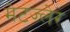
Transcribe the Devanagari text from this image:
मेटज्लेर